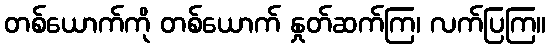
တစ်ယောက်ကို တစ်ယောက် နှုတ်ဆက်ကြ၊ လက်ပြကြ။